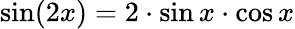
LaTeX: \sin(2x)=2\cdot\sin x\cdot\cos x